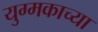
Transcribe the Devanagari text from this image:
युग्मकाच्या